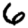
Digit: 6